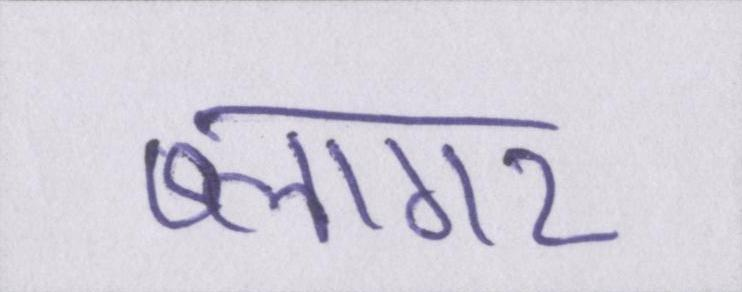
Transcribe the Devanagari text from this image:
ब्लागर